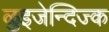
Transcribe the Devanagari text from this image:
ळुइजेन्दिज्क